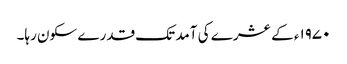
۱۹۷۰ء کے عشرے کی آمد تک قدرے سکون رہا۔